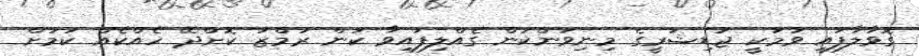
ގޮވާލާފައި ވުމަކީ ޖުޑިޝަރީގެ މިނިވަންކަން ގެއްލިފައިވާ ކަން ރަމްޒު ކޮށްދޭ ހެއްކެއް ކަމަށް